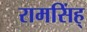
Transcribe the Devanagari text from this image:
रामसिंह्